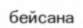
бейсана